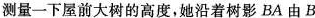
测量一下屋前大树的高度，她沿着树影BA由B